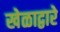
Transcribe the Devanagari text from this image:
खेळाद्वारे